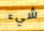
شيء